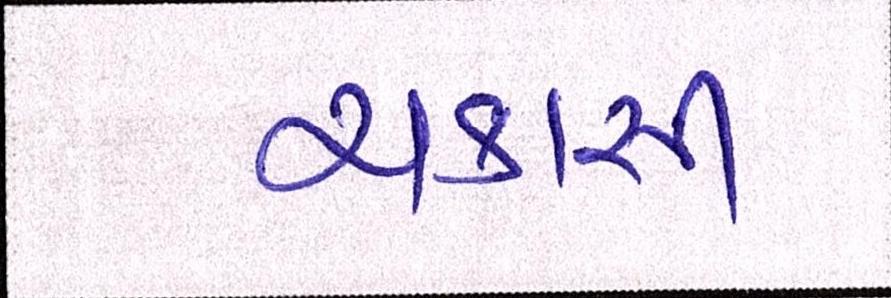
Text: ચકાસી